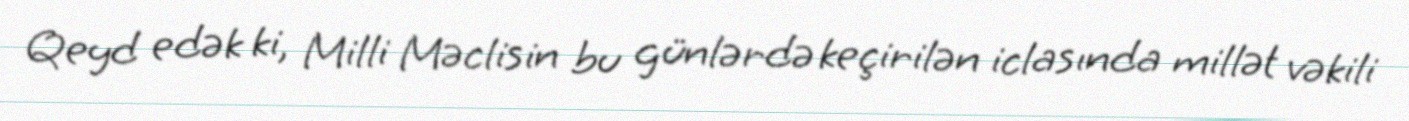
Qeyd edək ki, Milli Məclisin bu günlərdə keçirilən iclasında millət vəkili